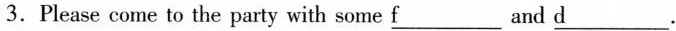
3.Please come to the party with some \underline{f} and \underline{d}